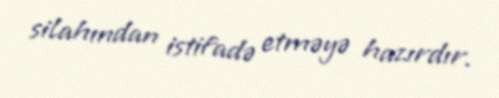
silahından istifadə etməyə hazırdır.